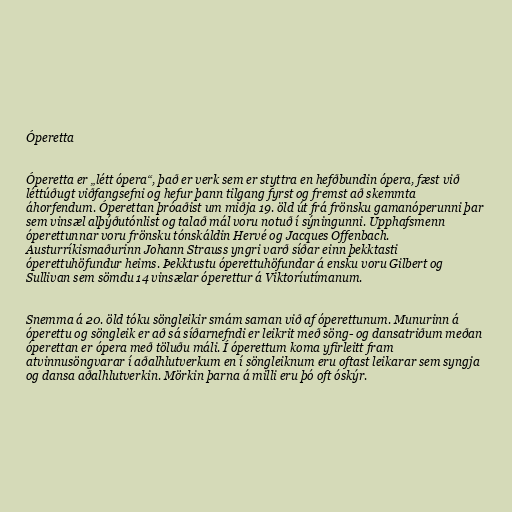
Óperetta

Óperetta er „létt ópera“, það er verk sem er styttra en hefðbundin ópera, fæst við
léttúðugt viðfangsefni og hefur þann tilgang fyrst og fremst að skemmta
áhorfendum. Óperettan þróaðist um miðja 19. öld út frá frönsku gamanóperunni þar
sem vinsæl alþýðutónlist og talað mál voru notuð í sýningunni. Upphafsmenn
óperettunnar voru frönsku tónskáldin Hervé og Jacques Offenbach.
Austurríkismaðurinn Johann Strauss yngri varð síðar einn þekktasti
óperettuhöfundur heims. Þekktustu óperettuhöfundar á ensku voru Gilbert og
Sullivan sem sömdu 14 vinsælar óperettur á Viktoríutímanum.

Snemma á 20. öld tóku söngleikir smám saman við af óperettunum. Munurinn á
óperettu og söngleik er að sá síðarnefndi er leikrit með söng- og dansatriðum meðan
óperettan er ópera með töluðu máli. Í óperettum koma yfirleitt fram
atvinnusöngvarar í aðalhlutverkum en í söngleiknum eru oftast leikarar sem syngja
og dansa aðalhlutverkin. Mörkin þarna á milli eru þó oft óskýr.